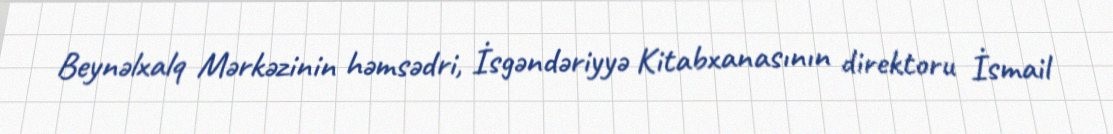
Beynəlxalq Mərkəzinin həmsədri, İsgəndəriyyə Kitabxanasının direktoru İsmail